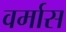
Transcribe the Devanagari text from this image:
वर्मास